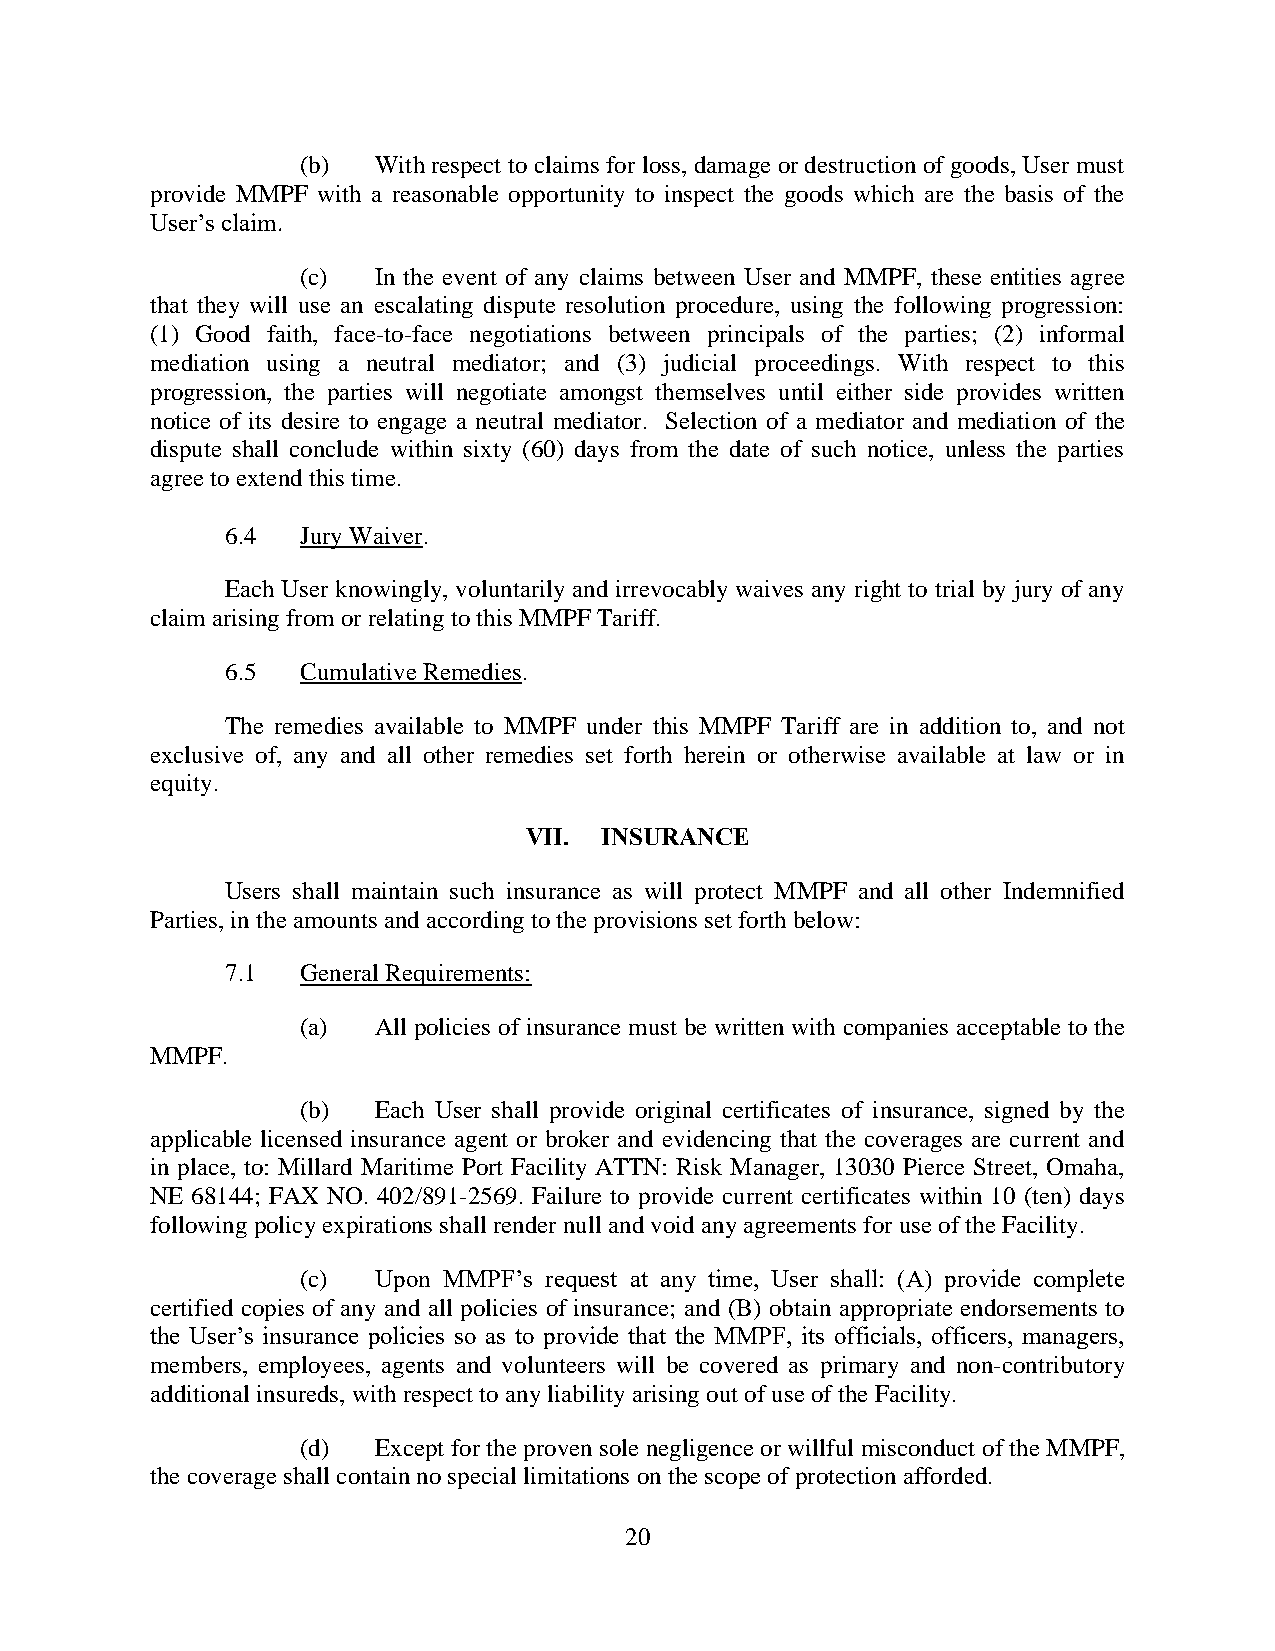
(b)  With respect to claims for loss, damage or destruction of goods, User must
 provide MMPF with a reasonable opportunity to inspect the goods which are the basis of the
 User’s claim.
 (c)  In the event of any claims between User and MMPF, these entities agree
 that they will use an escalating dispute resolution procedure, using the following progression:
 (1) Good faith, face-to-face negotiations between principals of the parties; (2) informal
 mediation using a neutral mediator; and (3) judicial proceedings. With respect to this
 progression, the parties will negotiate amongst themselves until either side provides written
 notice of its desire to engage a neutral mediator. Selection of a mediator and mediation of the
 dispute shall conclude within sixty (60) days from the date of such notice, unless the parties
 agree to extend this time.
 6.4  Jury Waiver.
 Each User knowingly, voluntarily and irrevocably waives any right to trial by jury of any
 claim arising from or relating to this MMPF Tariff.
 6.5  Cumulative Remedies.
 The remedies available to MMPF under this MMPF Tariff are in addition to, and not
 exclusive of, any and all other remedies set forth herein or otherwise available at law or in
 equity.
 VII. INSURANCE
 Users shall maintain such insurance as will protect MMPF and all other Indemnified
 Parties, in the amounts and according to the provisions set forth below:
 7.1  General Requirements:
 (a)  All policies of insurance must be written with companies acceptable to the
 MMPF.
 (b)  Each User shall provide original certificates of insurance, signed by the
 applicable licensed insurance agent or broker and evidencing that the coverages are current and
 in place, to: Millard Maritime Port Facility ATTN: Risk Manager, 13030 Pierce Street, Omaha,
 NE 68144; FAX NO. 402/891-2569. Failure to provide current certificates within 10 (ten) days
 following policy expirations shall render null and void any agreements for use of the Facility.
 (c)  Upon MMPF’s request at any time, User shall: (A) provide complete
 certified copies of any and all policies of insurance; and (B) obtain appropriate endorsements to
 the User’s insurance policies so as to provide that the MMPF, its officials, officers, managers,
 members, employees, agents and volunteers will be covered as primary and non-contributory
 additional insureds, with respect to any liability arising out of use of the Facility.
 (d)  Except for the proven sole negligence or willful misconduct of the MMPF,
 the coverage shall contain no special limitations on the scope of protection afforded.
 20